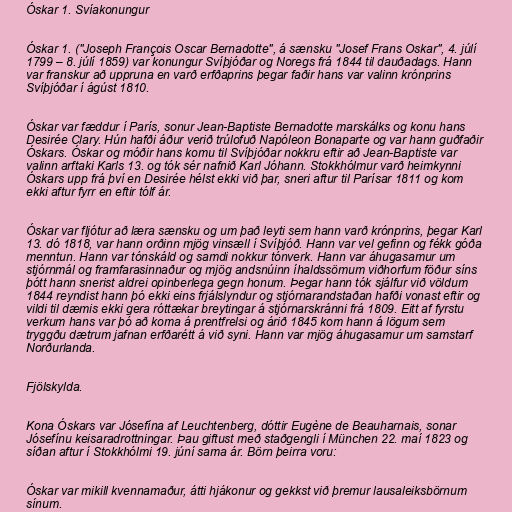
Óskar 1. Svíakonungur

Óskar 1. ("Joseph François Oscar Bernadotte", á sænsku "Josef Frans Oskar", 4. júlí
1799 – 8. júlí 1859) var konungur Svíþjóðar og Noregs frá 1844 til dauðadags. Hann
var franskur að uppruna en varð erfðaprins þegar faðir hans var valinn krónprins
Svíþjóðar í ágúst 1810.

Óskar var fæddur í París, sonur Jean-Baptiste Bernadotte marskálks og konu hans
Desirée Clary. Hún hafði áður verið trúlofuð Napóleon Bonaparte og var hann guðfaðir
Óskars. Óskar og móðir hans komu til Svíþjóðar nokkru eftir að Jean-Baptiste var
valinn arftaki Karls 13. og tók sér nafnið Karl Jóhann. Stokkhólmur varð heimkynni
Óskars upp frá því en Desirée hélst ekki við þar, sneri aftur til Parísar 1811 og kom
ekki aftur fyrr en eftir tólf ár.

Óskar var fljótur að læra sænsku og um það leyti sem hann varð krónprins, þegar Karl
13. dó 1818, var hann orðinn mjög vinsæll í Svíþjóð. Hann var vel gefinn og fékk góða
menntun. Hann var tónskáld og samdi nokkur tónverk. Hann var áhugasamur um
stjórnmál og framfarasinnaður og mjög andsnúinn íhaldssömum viðhorfum föður síns
þótt hann snerist aldrei opinberlega gegn honum. Þegar hann tók sjálfur við völdum
1844 reyndist hann þó ekki eins frjálslyndur og stjórnarandstaðan hafði vonast eftir og
vildi til dæmis ekki gera róttækar breytingar á stjórnarskránni frá 1809. Eitt af fyrstu
verkum hans var þó að koma á prentfrelsi og árið 1845 kom hann á lögum sem
tryggðu dætrum jafnan erfðarétt á við syni. Hann var mjög áhugasamur um samstarf
Norðurlanda.

Fjölskylda.

Kona Óskars var Jósefína af Leuchtenberg, dóttir Eugène de Beauharnais, sonar
Jósefínu keisaradrottningar. Þau giftust með staðgengli í München 22. maí 1823 og
síðan aftur í Stokkhólmi 19. júní sama ár. Börn þeirra voru:

Óskar var mikill kvennamaður, átti hjákonur og gekkst við þremur lausaleiksbörnum
sínum.